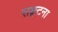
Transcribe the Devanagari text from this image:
सङ्घटना